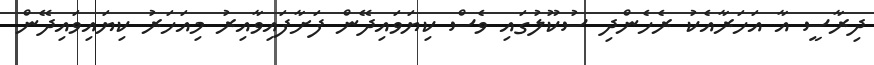
ދިރާސީ އާ އަހަރާއެކު ރެހެންދި ސުކޫލުގައި ވެސް ކިޔަވައިދޭން ފަށާފައިވާއިރު މިއަހަރު ކިޔައިވައިދޭން